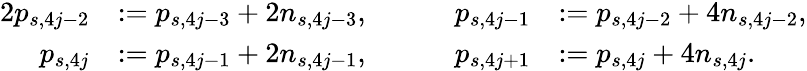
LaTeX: \begin{array}{rlrl}{{2}p_{s,4j-2}}&{:=p_{s,4j-3}+2n_{s,4j-3},\ \ \ \ \ \ \ \ }&{p_{s,4j-1}}&{:=p_{s,4j-2}+4n_{s,4j-2},}\\ {p_{s,4j}}&{:=p_{s,4j-1}+2n_{s,4j-1},\ \ \ \ \ \ \ \ }&{p_{s,4j+1}}&{:=p_{s,4j}+4n_{s,4j}.}\end{array}